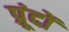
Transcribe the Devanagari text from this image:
प्रूंदों